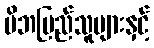
မိဘပြည်သူများနှင့်